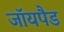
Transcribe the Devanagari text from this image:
जॉयपैड